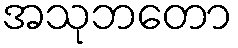
အသုဘတော